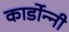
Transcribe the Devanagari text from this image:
कार्डोन्‍नी